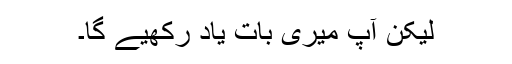
لیکن آپ میری بات یاد رکھیے گا۔